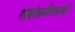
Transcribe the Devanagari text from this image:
अवांछनीयताओं